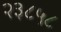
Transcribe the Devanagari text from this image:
२३८५८